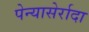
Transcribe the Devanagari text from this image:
पेन्यासेर्रादा